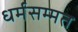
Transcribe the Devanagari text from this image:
धर्मसम्मत